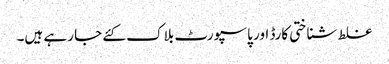
غلط شناختی کارڈ اور پاسپورٹ بلاک کئے جا رہے ہیں۔